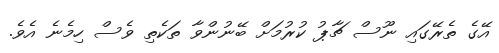
އޭގެ ތެރޭގައި ނޫސް ޗާޕު ކުރުމަށް ބޭނުންވާ ތަކެތި ވެސް ހިމެނެ އެވެ.